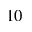
1 0